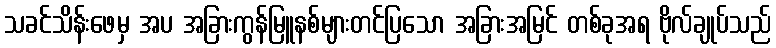
သခင်သိန်းဖေမှ အပ အခြားကွန်မြူနစ်များတင်ပြသော အခြားအမြင် တစ်ခုအရ ဗိုလ်ချုပ်သည်